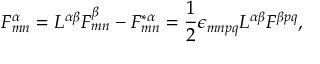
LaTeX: { \cal F } _ { m n } ^ { \alpha } = { \cal L } ^ { \alpha \beta } F _ { m n } ^ { \beta } - F _ { m n } ^ { * \alpha } = { \frac { 1 } { 2 } } \epsilon _ { m n p q } { \cal L } ^ { \alpha \beta } { \cal F } ^ { \beta p q } ,